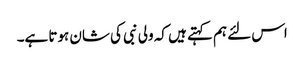
اس لئے ہم کہتے ہیں کہ ولی نبی کی شان ہوتا ہے۔